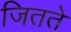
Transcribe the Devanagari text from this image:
जितते